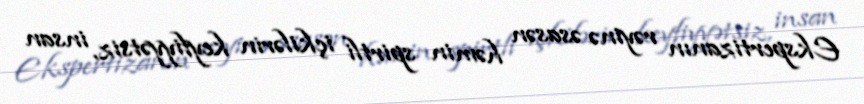
Ekspertizanın rəyinə əsasən həmin spirtli içkilərin keyfiyyətsiz, insan